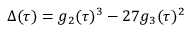
\Delta ( \tau ) = g _ { 2 } ( \tau ) ^ { 3 } - 2 7 g _ { 3 } ( \tau ) ^ { 2 }